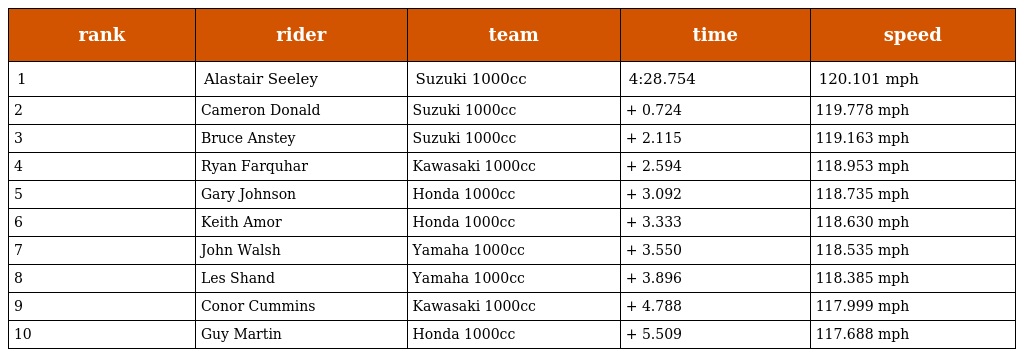
| rank | rider | team | time | speed |
 | --- | --- | --- | --- | --- |
 | 1 | Alastair Seeley | Suzuki 1000cc | 4:28.754 | 120.101 mph |
 | 2 | Cameron Donald | Suzuki 1000cc | + 0.724 | 119.778 mph |
 | 3 | Bruce Anstey | Suzuki 1000cc | + 2.115 | 119.163 mph |
 | 4 | Ryan Farquhar | Kawasaki 1000cc | + 2.594 | 118.953 mph |
 | 5 | Gary Johnson | Honda 1000cc | + 3.092 | 118.735 mph |
 | 6 | Keith Amor | Honda 1000cc | + 3.333 | 118.630 mph |
 | 7 | John Walsh | Yamaha 1000cc | + 3.550 | 118.535 mph |
 | 8 | Les Shand | Yamaha 1000cc | + 3.896 | 118.385 mph |
 | 9 | Conor Cummins | Kawasaki 1000cc | + 4.788 | 117.999 mph |
 | 10 | Guy Martin | Honda 1000cc | + 5.509 | 117.688 mph |